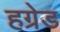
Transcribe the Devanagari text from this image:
हग्रेड